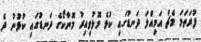
ފުރަތަމަ މެޗް އަމިއްލަ ދަނޑުގައި ކުޅެ މޮޅުވިއިރު މޮނާކޯގެ ދަނޑުގައި ކުޅުނު ދެ